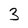
Character: 3